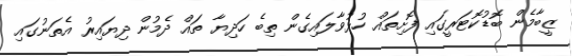
ޒީބާމެން ބޮޑުކޮޓަރީގައި ފޮށިތައް ހުޅުވާލައިގެން ތިބެ ހަދިޔާ ތައް ދެމުން ދިޔައިރު އެތަނުގައި